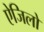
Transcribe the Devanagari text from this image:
ऐजिलो